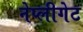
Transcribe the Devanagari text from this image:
नेप्लीगेट